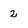
Character: 2